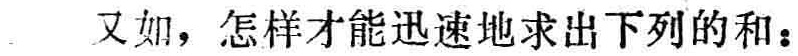
又如，怎样才能迅速地求出下列的和：